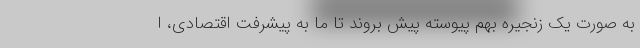
به صورت یک زنجیره بهم پیوسته پیش بروند تا ما به پیشرفت اقتصادی، ا